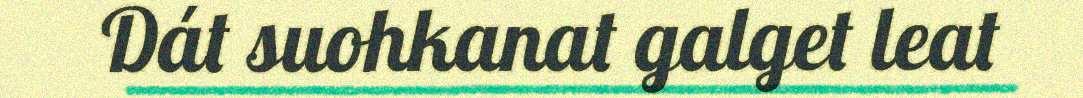
Dát suohkanat galget leat